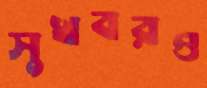
সুখবরও